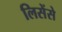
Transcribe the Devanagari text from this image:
लिसेंसे